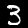
Digit: 3